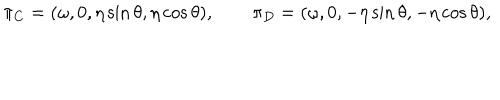
LaTeX: \pi _ { C } = ( \omega , 0 , \eta \sin \theta , \eta \cos \theta ) , \qquad \pi _ { D } = ( \omega , 0 , - \eta \sin \theta , - \eta \cos \theta ) ,